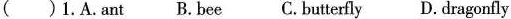
()1.A.ant B.bee C.Butterfly D. dragonfly